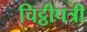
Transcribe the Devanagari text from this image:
चिट्ठीपत्री